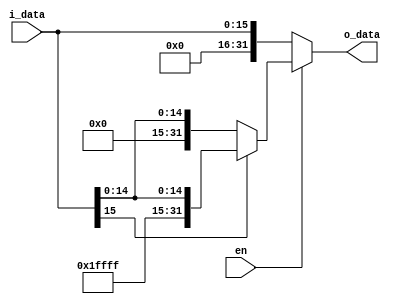
module signExt(i_data, en, o_data);

input   [15:0]  i_data;
input	en;
output reg [31:0]  o_data;

always @(i_data,en) begin
	if (en) begin
		o_data <= (i_data[15] == 1)? {16'b1111_1111_1111_1111, i_data}: {16'b0, i_data};
	end else begin 
		o_data <= {16'b0, i_data};
	end
end

endmodule